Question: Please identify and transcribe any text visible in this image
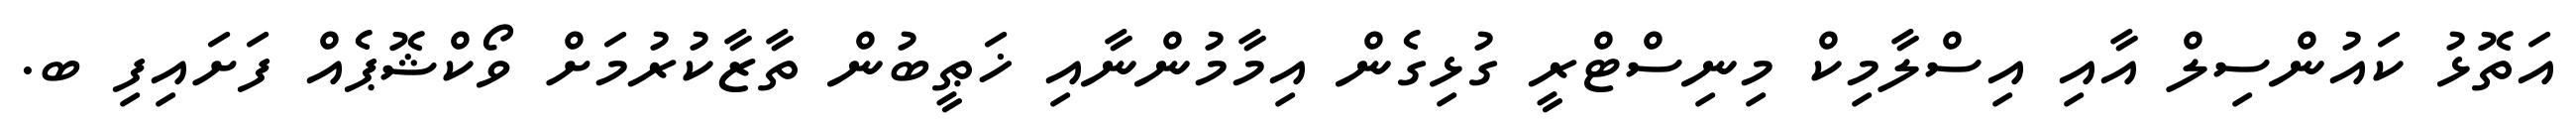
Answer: އަތޮޅު ކައުންސިލް އާއި އިސްލާމިކް މިނިސްޓްރީ ގުޅިގެން އިމާމުންނާއި ޚަޠީބުން ތާޒާކުރުމަށް ވޯކްޝޮޕެއް ފަށައިފި ބ.